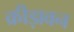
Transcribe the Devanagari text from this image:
क्रीड़ावन